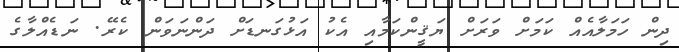
ދިން ހަމަލާއެއް ކަމަށް ވަރަށް ޔަޤީންކަމާއި އެކު އަޅުގަނޑަށް ދަންނަވަން ކެރޭ. ނަޑެއްލާގެ